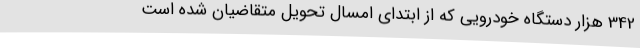
342 هزار دستگاه خودرویی که از ابتدای امسال تحویل متقاضیان شده است